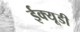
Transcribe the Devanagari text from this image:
ईक्यूडी